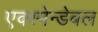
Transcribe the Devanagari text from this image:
एक्स्पेन्डेबल